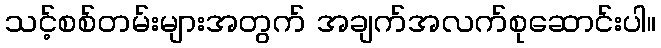
သင့်စစ်တမ်းများအတွက် အချက်အလက်စုဆောင်းပါ။